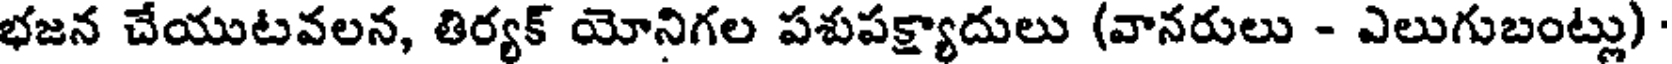
భజన చేయుటవలన, తిర్యక్ యోనిగల పశుపక్ష్యాదులు (వానరులు - ఎలుగుబంట్లు)